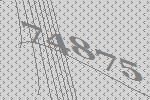
74875